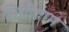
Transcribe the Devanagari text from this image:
मिग्रीग्राम